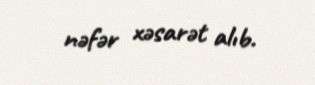
nəfər xəsarət alıb.